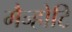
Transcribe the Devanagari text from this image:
मैन्होटि